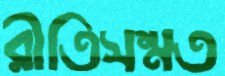
রীতিসম্মত